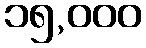
၁၅,၀၀၀